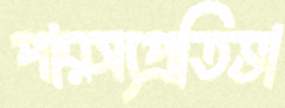
পারস্যপ্রতিভা